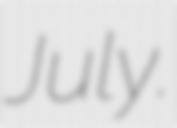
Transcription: July.